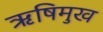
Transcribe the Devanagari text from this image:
ऋषिमुख